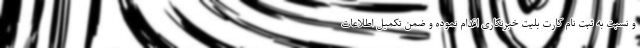
و نسبت به ثبت نام کارت بلیت خبرنگاری اقدام نموده و ضمن تکمیل اطلاعات